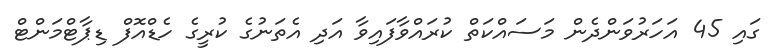
ގައި 45 އަހަރުވަންދެން މަސައްކަތް ކުރައްވާފައިވާ އަދި އެތަނުގެ ކުރީގެ ހެޑްއޮފް ޑިޕާޓްމަންޓް